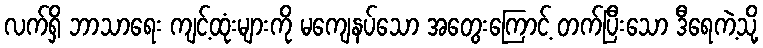
လက်ရှိ ဘာသာရေး ကျင့်ထုံးများကို မကျေနပ်သော အတွေးကြောင့် တက်ပြီးသော ဒီရေကဲ့သို့